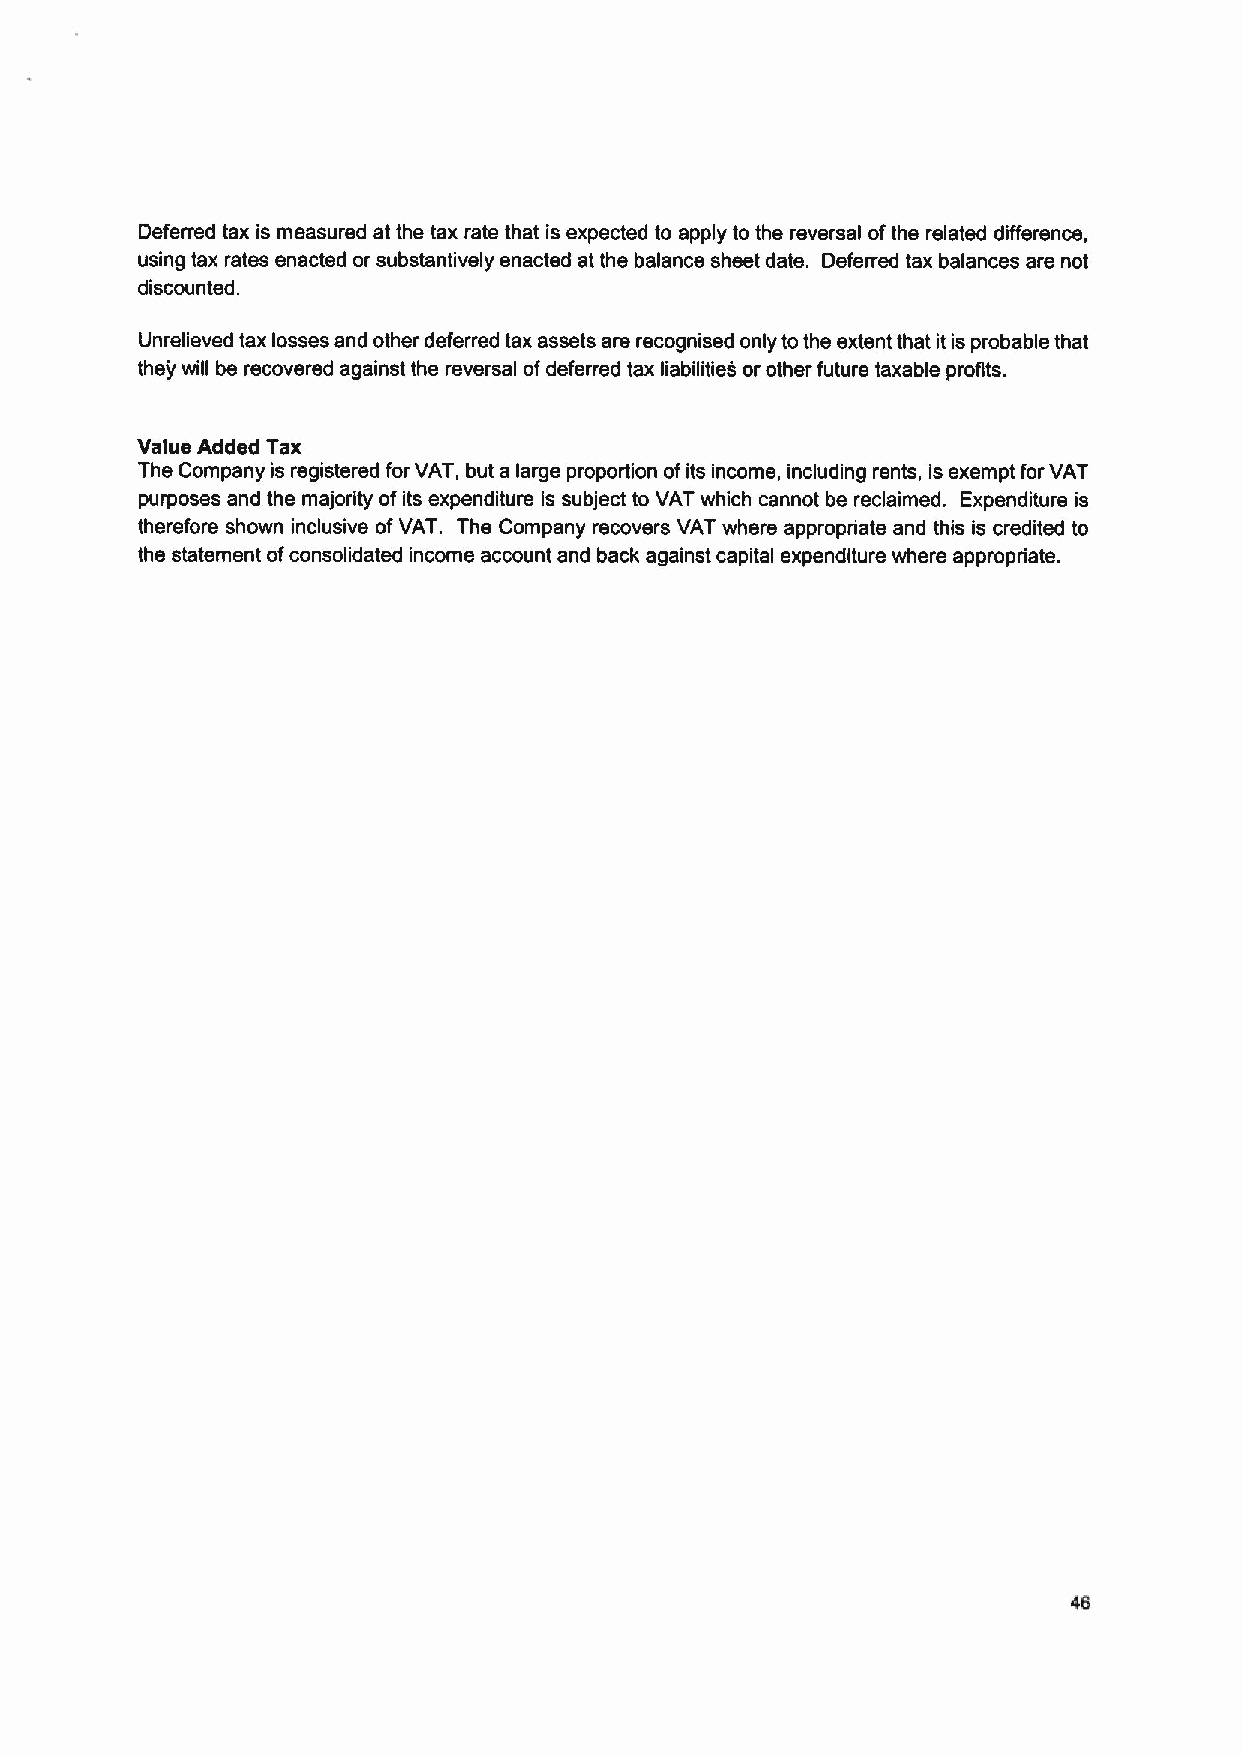
Deferred tax is measured at the tax rate that is expected to apply to the reversal ofthe related difference,
 using tax rates enacted or substantively enacted at the balance sheet date. Deferred tax balances are not
 discounted.
 Unrelieved tax losses and other deferred tax assets are recognised only tothe extent that it is probable that
 they will be recovered against the reversal ofdeferred tax liabilities or other future taxable profits.
 Value Added Tax
 The Company is registered forVAT, but a large proportion ofits income, including rents, is exempt forVAT
 purposes and the majority ofits expenditure is subject to VAT which cannot be reclaimed. Expenditure is
 therefore shown inclusive ofVAT. The Company recovers VAT where appropriate and this is credited to
 the statement ofconsolidated income account and back against capital expenditure where appropriate.